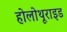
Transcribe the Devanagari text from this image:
होलोथूराइड